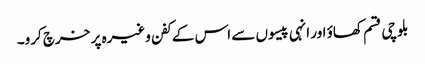
بلوچی قسم کھاؤ اور انہی پیسوں سے اس کے کفن وغیرہ پر خرچ کرو۔